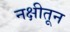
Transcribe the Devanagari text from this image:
नक्षीतून